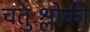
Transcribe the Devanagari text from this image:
चतुःश्लोकी